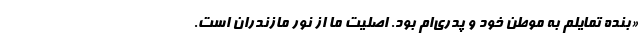
«بنده تمایلم به موطن خود و پدری‌ام بود. اصلیت ما از نور مازندران است.